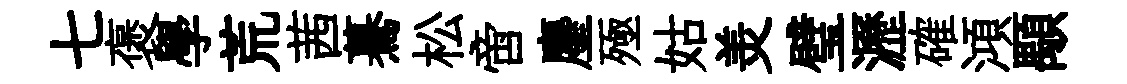
七褒學荒茜驀松啻麈殛姑羙璧瀝確澒顒